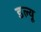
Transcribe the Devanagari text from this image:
डल्यू